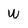
Character: W